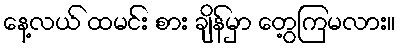
နေ့လယ် ထမင်း စား ချိန်မှာ တွေ့ကြမလား။